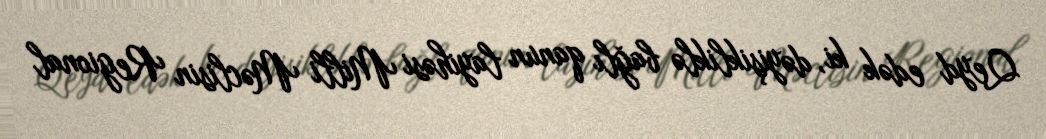
Qeyd edək ki, dəyişikliklə bağlı qanun layihəsi Milli Məclisin Regional